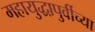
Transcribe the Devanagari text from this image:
महायुद्धापुर्वीच्या